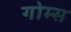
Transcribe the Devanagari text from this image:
गोम्‍स